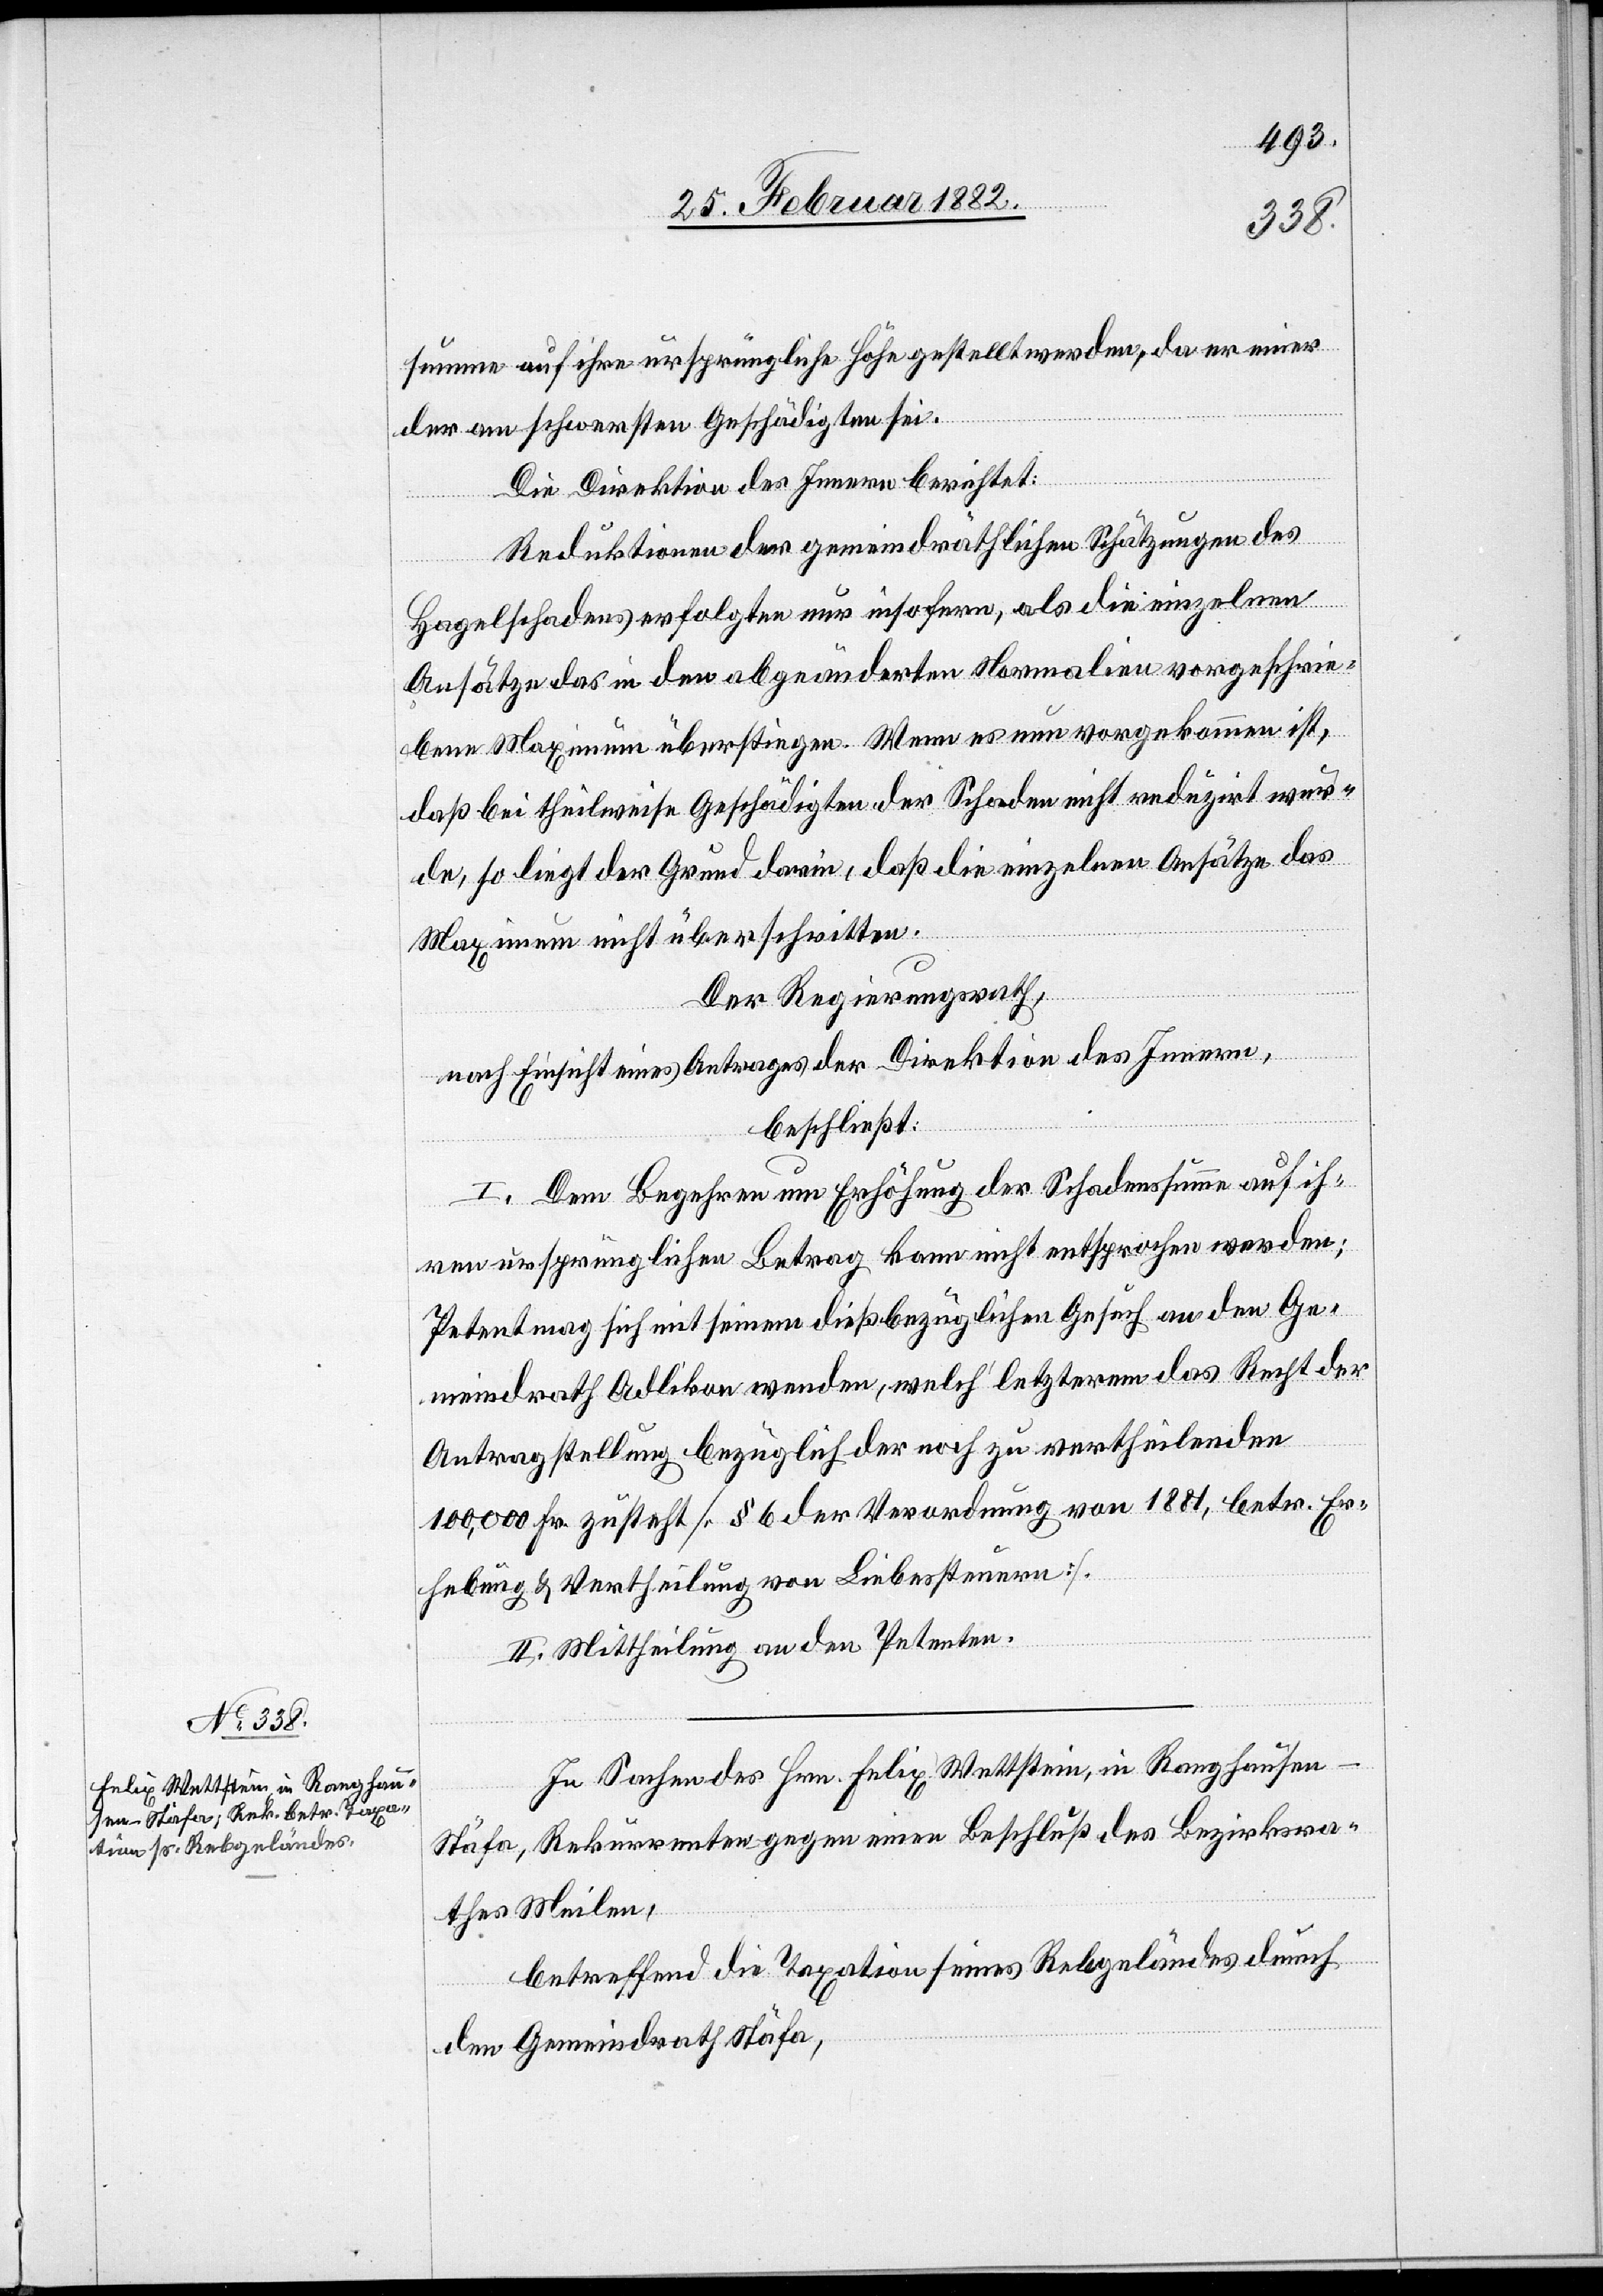
summe auf ihre ursprüngliche Höhe gestellt werden, da er einer
der am schwersten Geschädigten sei.
Die Direktion des Innern berichtet:
Reduktionen der gemeindräthlichen Schätzungen des
Hagelschadens erfolgte nur insofern, als die einzelnen
Ansätze das in den abgeänderten Normalien vorgeschrie¬
ben Maximum überstiegen. Wenn es nun vorgekommen ist,
daß bei theilweise Geschädigten der Schaden nicht reduzirt wur¬
de, so liegt der Grund darin, daß die einzelnen Ansätze das
Maximum nicht überschritten.
Der Regierungsrath,
nach Einsicht eines Antrages der Direktion des Innern,
beschließt:
I. Dem Begehren um Erhöhung der Schadenssumme auf ih¬
ren ursprünglichen Betrag kann nicht entsprochen werden;
Petent mag sich mit seinem dießbezüglichen Gesuch an den Ge¬
meindrath Adlikon wenden, welch’ letzteren das Recht der
Antragstellung bezüglich der noch zu vertheilenden
100,00 Fr. zusteht. [§ 6 der Verordnung von 1881, betr. Er¬
hebung & Vertheilung von Liebessteuern].
II. Mittheilung an den Petenten.
In Sachen des Hrn. Felix Wettstein, in Ranghausen
Stäfa, Rekurrenten gegen einen Beschluß des Bezirksra¬
thes Meilen,
betreffend die Taxation seines Rebgeländes durch
den Gemeindrath Stäfa,